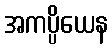
အကပ္ပိယေန